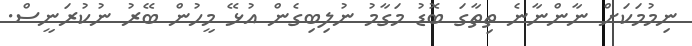
ނިމުމަކަށް ނާންނާނެ ތިތާގަ ބޮޑު މަގާމު ނުލިބިގެން އުޅޭ މީހުން ބޭރު ނުކުރަނީސް.